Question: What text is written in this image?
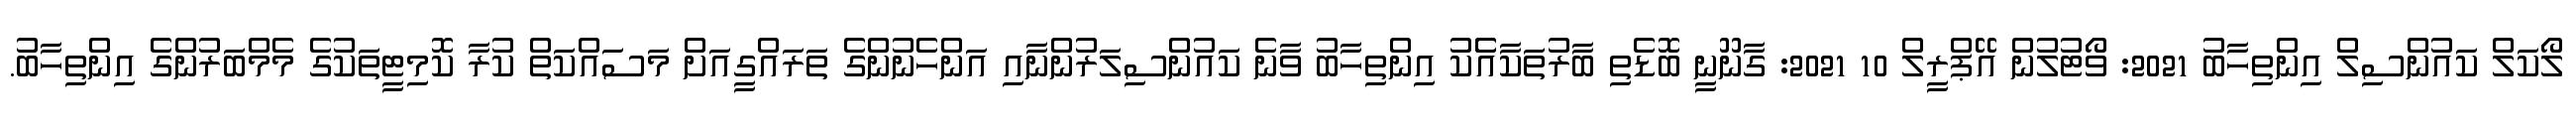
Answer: ލޯކަލް ކައުންސިލް އިންތިހާބު 2021: ވޯޓުލުން އޭޕްރީލް 10 2021: ގާނޫނީ ބޮޑެތި ބާރުތަކާއެެކު އިންތިހާބު ވާނެ ކައުންސިލަރުންނާއި އަންހެނުންގެ ތަރައްގީއަށް މަސައްކަތް ކުރާ ކޮމިޓީތަކުގެ މެމްބަރުންގެ އިންތިހާބު.